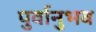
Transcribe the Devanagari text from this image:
पुर्वानुभव